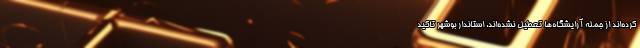
کرده‌اند از جمله آرایشگاه‌ها تعطیل نشده‌اند. استاندار بوشهر تاکید